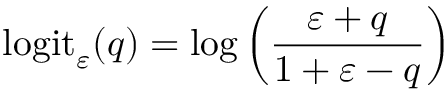
\mathrm { l o g i t } _ { \varepsilon } ( q ) = \log \left( \frac { \varepsilon + q } { 1 + \varepsilon - q } \right)